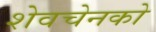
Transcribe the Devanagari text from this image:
शेवचेनको